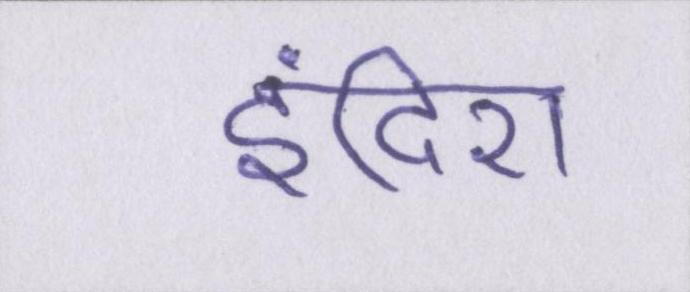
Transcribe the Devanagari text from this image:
इंदिरा